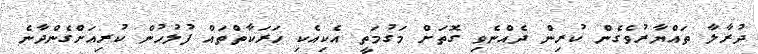
ދުރާލާ ތައްޔާރުވެގެން ކުރިން ދެއްނެވި ގޮތަށް މަގުމަތީ އެކިއެކި ހަރަކާތްތައް ފުލުހުން ކުރިއަށްގެންދާނެ